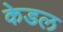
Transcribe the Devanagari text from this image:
केडल